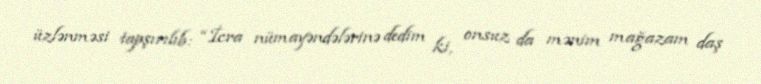
üzlənməsi tapşırılıb: “İcra nümayəndələrinə dedim ki, onsuz da mənim mağazam daş